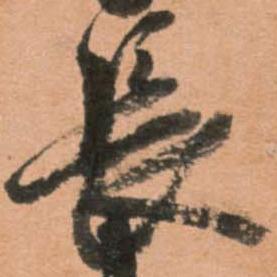
長